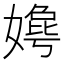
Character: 𫱦